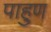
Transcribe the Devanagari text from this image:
पाहुण